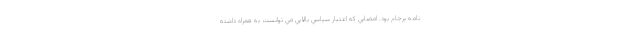
نامه برجام بود. امضايي كه اعتبار سياسي بالايي مي توانست به همراه داشته